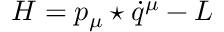
H = p _ { \mu } \star \dot { q } ^ { \mu } - L